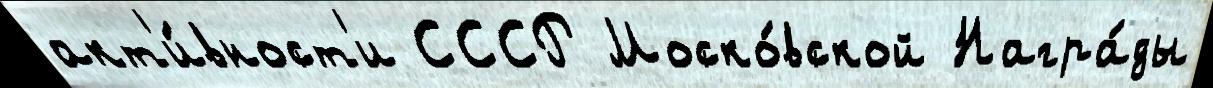
акт'и́вност'и СССР Моско́вской Награ́ды